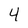
Character: 4